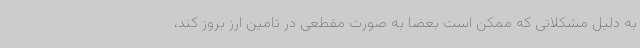
به دلیل مشکلاتی که ممکن است بعضا به صورت مقطعی در تامین ارز بروز کند،